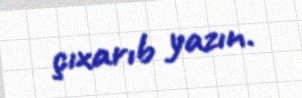
çıxarıb yazın.